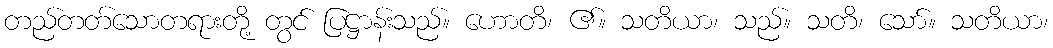
တည်တတ်သောတရားတို့ တွင် ပြဋ္ဌာန်းသည်။ ဟောတိ၊ ၏။ သတိယာ၊ သည်။ သတိ၊ သော်။ သတိယာ၊